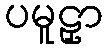
ပမူဠှာ